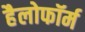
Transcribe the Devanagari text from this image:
हैलोफॉर्म